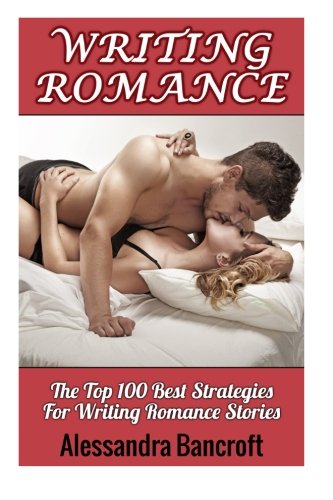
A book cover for Writing Romance: The Top 100 Best Strategies For Writing Romance Stories (How To Write Romance Novels, Romance Writing Skills, Writing Romance Fiction Plots, Publishing Romance Books); Alessandra Bancroft; Romance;